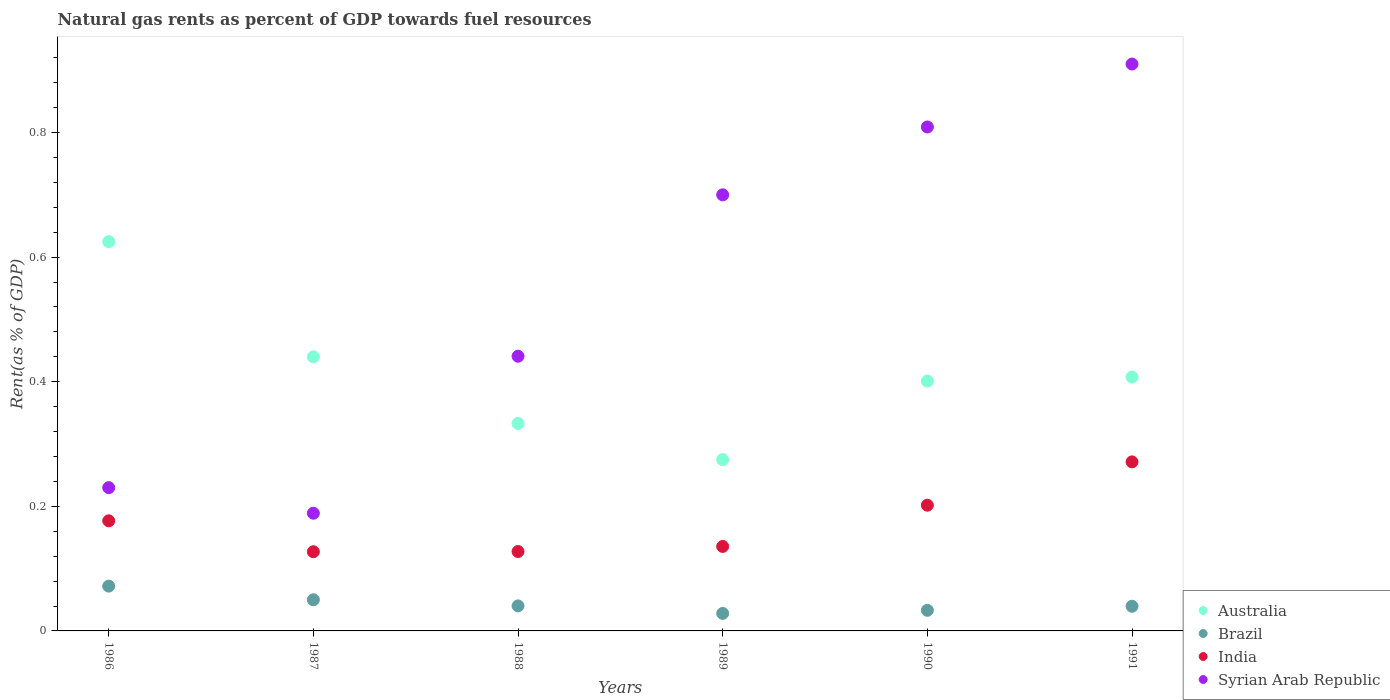
| Years | Australia | Brazil | India | Syrian Arab Republic |
 | --- | --- | --- | --- | --- |
 | 1986 | 0.625 | 0.0719 | 0.177 | 0.23 |
 | 1987 | 0.44 | 0.05 | 0.127 | 0.189 |
 | 1988 | 0.333 | 0.0402 | 0.127 | 0.441 |
 | 1989 | 0.275 | 0.0281 | 0.136 | 0.7 |
 | 1990 | 0.401 | 0.0331 | 0.202 | 0.809 |
 | 1991 | 0.408 | 0.0396 | 0.271 | 0.91 |